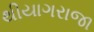
થીયાગરાજા